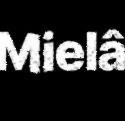
Mielâ